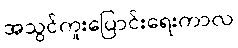
အသွင်ကူးပြောင်းရေးကာလ